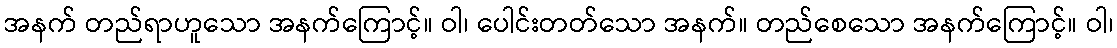
အနက် တည်ရာဟူသော အနက်ကြောင့်။ ဝါ၊ ပေါင်းတတ်သော အနက်။ တည်စေသော အနက်ကြောင့်။ ဝါ၊